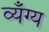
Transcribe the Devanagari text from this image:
व्यँग्य